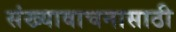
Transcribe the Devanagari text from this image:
संख्यावाचनासाठी